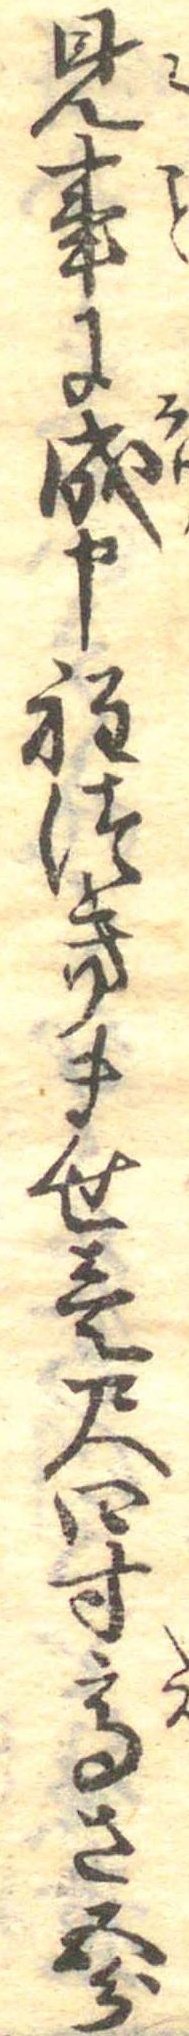
見事に成申程つきませ壱尺四寸高さ五分